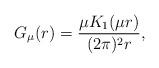
LaTeX: \begin{align*}G_{\mu}(r)=\frac{\mu K_{1}(\mu r)}{(2\pi)^{2}r},\end{align*}